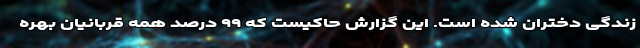
زندگی دختران شده است. این گزارش حاکیست که ۹۹ درصد همه قربانیان بهره